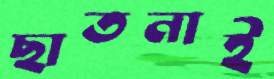
ছাতনাই